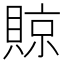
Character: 䝶